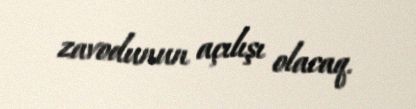
zavodunun açılışı olacaq.